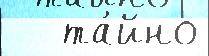
   та́йно